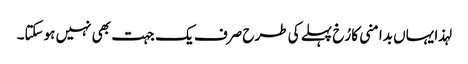
لہذا یہاں بدامنی کا رُخ پہلے کی طرح صرف یک جہت بھی نہیں ہوسکتا۔